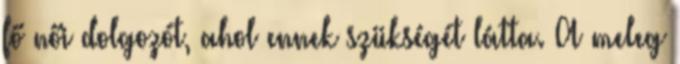
fő női dolgozót, ahol ennek szükségét látta. A meleg